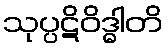
သုပ္ပဋိဝိဒ္ဓါတိ